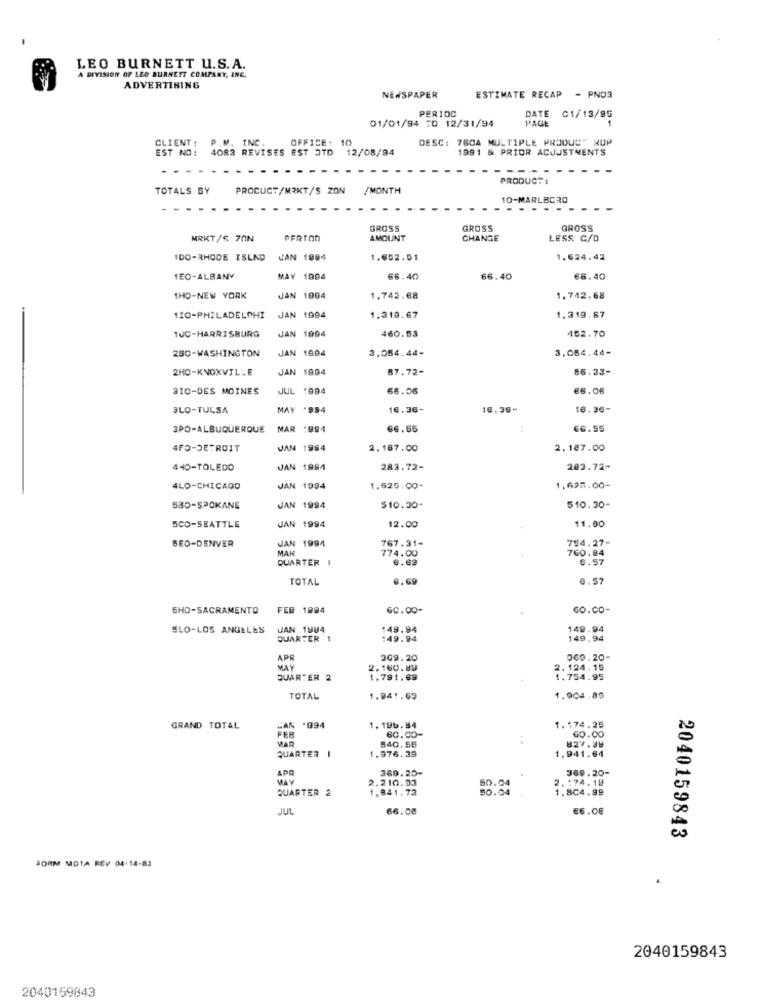
LEO BURNETT U.S.A.
A DIVISION OF LEO BURNETT COMPANY, INC.
ADVERTISING
NEWSPAPER
ESTIMATE RECAP - PNO3
01/01/94 TO 12/31/94
PERIOC
PAGE
DATE 01/13/95
DESC: 760A MULTIPLE PRODUC" RUP
CLIENT : P.M. INC.
EST NO: 4083 REVISES EST JTD 12/08/94
OFFICE: 1
1991 & PRIOR ACUJSTMENTS
PRODUCTI
TOTALS BY
PROCUCT/MRKT/S ZON
/MONTH
10-MARLBORO
GROSS
GROSS
GROSS
MRKT/$ 70N
PERTON
AMOUNT
CHANGE
LESS C/D
1DO-RHODE ISLAND
JAN 1994
1.652.51
1.624.42
1EO-ALBANY
MAY 1994
66.40
66.40
66.40
THO-NEW YORK
JAN 1994
1,742.68
1.742.68
110-PHILADELPHI
JAN 1994
1.319.67
1.319.67
JAN 1994
452.70
1UC-HARRISBURG
460.53
280-WASHINGTON
JAN 1984
3.054.44-
3,054.44-
2HC-KNOXVILLE
JAN 1994
87.72-
86.23-
310-DES MOINES
JUL *994
66.06
€6.06
3LO-TULSA
MAY '954
16.36-
16.36-
10.36-
3PO-ALBUQUERQUE
MAR :994
66.65
:
66.55
4FO-DETROIT
JAN 1994
2,187.00
2.187.00
440-TOLEDO
JAN 1994
283.72-
203.72-
4LO-CHICAGO
JAN 1994
1.625.00-
1,695.00-
530-SPOKANE
JAN 1994
$10.30-
510.30-
JAN 1994
SCO-SEATTLE
12.00
11.80
JAN 1994
767.31-
754.27-
BEO-DENVER
MAN
774.00
760.84
QUARTER I
6.69
6.57
TOTAL
0,69
0.57
SHO-SACRAMENTO
FEB 1994
60.00-
60.00-
SLO-LOS ANGELES
JAN 1984
149.94
149.94
QUARTER 1
:49.94
149.94
APR
309.20
369.20-
MAY
2.160.89
2.124.15
QUARTER 2
1.791.69
1.754.95
TOTAL
1.941.63
1,904.80
GRAND TOTAL
CAN .994
1.196.84
60.00-
1.174.25
FER
MAR
840.55
827.49
60.00
QUARTER I
1.376.39
1,941.64
APR
360.25-
369.20-
WAY
2.210.03
2.174.19
QUARTER 2
1,841.73
50.04
50.04
1,804.99
JUL
66.08
E6.00
2040159843
FORM MOTA REV 04-14-83
2040159843
2040159843